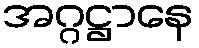
အဂ္ဂဋ္ဌာနေ